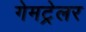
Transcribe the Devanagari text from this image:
गेमट्रेलर